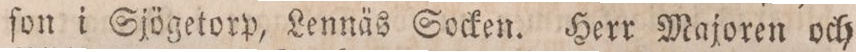
ſon i Sjögetorp, Lennäs Socken. Herr Majoren och